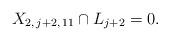
LaTeX: \begin{align*} X_{2, \, j+2, \, 11} \cap L_{j+2} = 0.\end{align*}